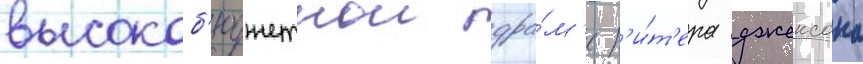
высокоб'юджетнои дра́м'е п'и́т'ера джексона